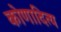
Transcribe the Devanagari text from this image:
कोणादित्य